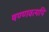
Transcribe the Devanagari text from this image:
षण्णवत्यपि